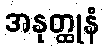
အနုတ္ထုနံ